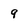
Character: 9